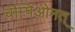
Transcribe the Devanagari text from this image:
चम्पिओनत्